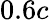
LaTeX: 0.6c